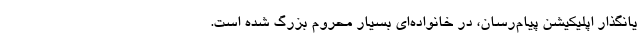
یانگذار اپلیکیشن پیام‌رسان، در خانواده‌ای بسیار محروم بزرگ شده است.